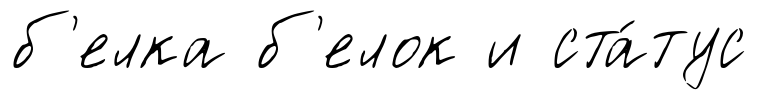
б'елка б'елок и ста́тус